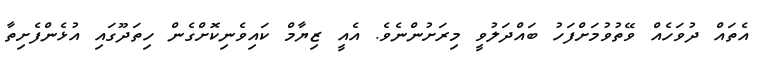
އެތައް ދުވަހެއް ވޭތުވުމަށްފަހު ބައްދަލުވީ މިރަށުންނެވެ. އެއީ ޒިޔާމް ކައިވެނިކޮށްގެން ހިތަދޫގައި އުޅެންފެށިތާ